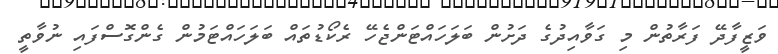
ވަޒީފާދޭ ފަރާތުން މި ގަވާއިދުގެ ދަށުން ބަލަހައްޓަންޖެހޭ ރެކޯޑުތައް ބަލަހައްޓަމުން ގެންގޮސްފައި ނުވާތީ